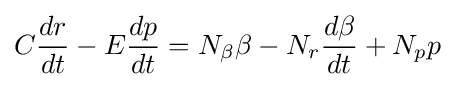
C{\frac {dr}{dt}}-E{\frac {dp}{dt}}=N_{\beta }\beta -N_{r}{\frac {d\beta }{dt}}+N_{p}p